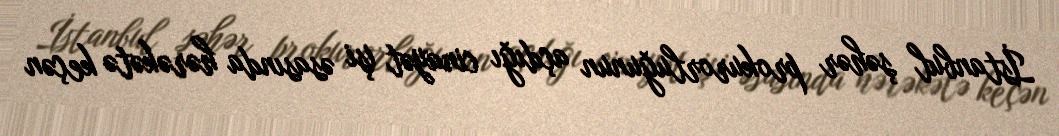
İstanbul şəhər prokurorluğunun açdığı cinayət işi əsasında hərəkətə keçən